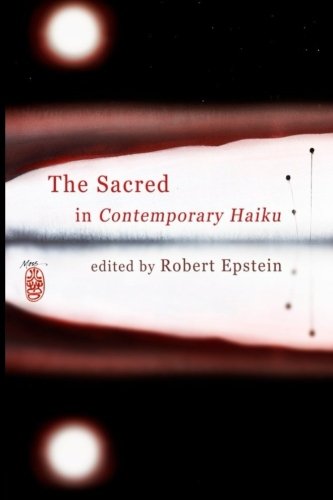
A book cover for The Sacred In Contemporary Haiku; Robert Epstein; Literature & Fiction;